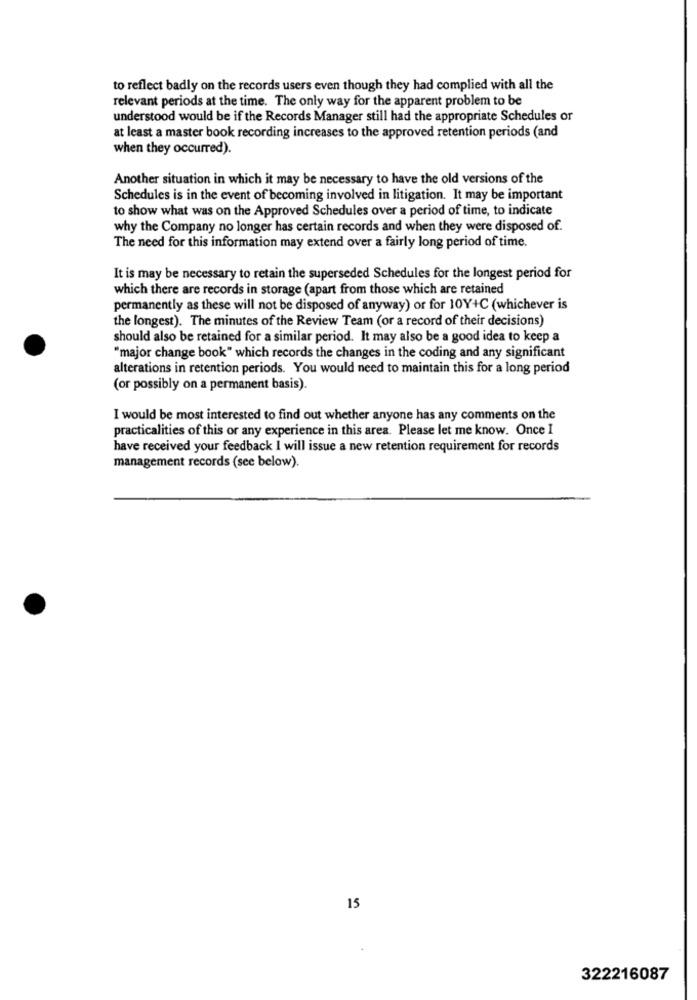
to reflect badly on the records users even though they had complied with all the
relevant periods at the time. The only way for the apparent problem to be
understood would be if the Records Manager still had the appropriate Schedules or
at least a master book recording increases to the approved retention periods (and
when they occurred).
Another situation in which it may be necessary to have the old versions of the
Schedules is in the event of becoming involved in litigation. It may be important
to show what was on the Approved Schedules over a period of time, to indicate
why the Company no longer has certain records and when they were disposed of.
The need for this information may extend over a fairly long period of time.
It is may be necessary to retain the superseded Schedules for the longest period for
which there are records in storage (apart from those which are retained
permanently as these will not be disposed of anyway) or for 10Y+C (whichever is
the longest). The minutes of the Review Team (or a record of their decisions)
should also be retained for a similar period. It may also be a good idea to keep a
"major change book" which records the changes in the coding and any significant
alterations in retention periods. You would need to maintain this for a long period
(or possibly on a permanent basis).
I would be most interested to find out whether anyone has any comments on the
practicalities of this or any experience in this area. Please let me know. Once I
have received your feedback I will issue a new retention requirement for records
management records (see below).
15
322216087